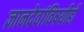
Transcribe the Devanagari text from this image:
ज्ञानदेवांविषयीही